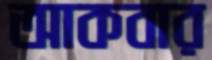
আকবার